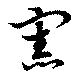
憲